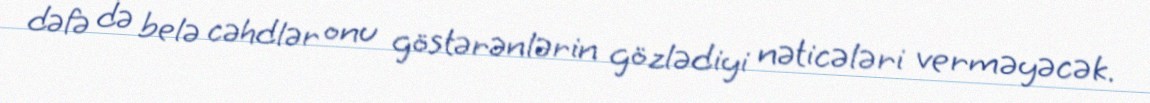
dəfə də belə cəhdlər onu göstərənlərin gözlədiyi nəticələri verməyəcək.